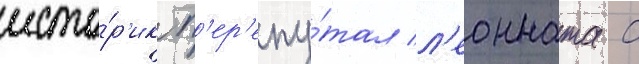
исто́р'ик п'ер'епу́тал л'еонната с